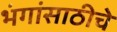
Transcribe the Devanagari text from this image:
भंगांसाठीचे